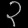
Digit: ၃